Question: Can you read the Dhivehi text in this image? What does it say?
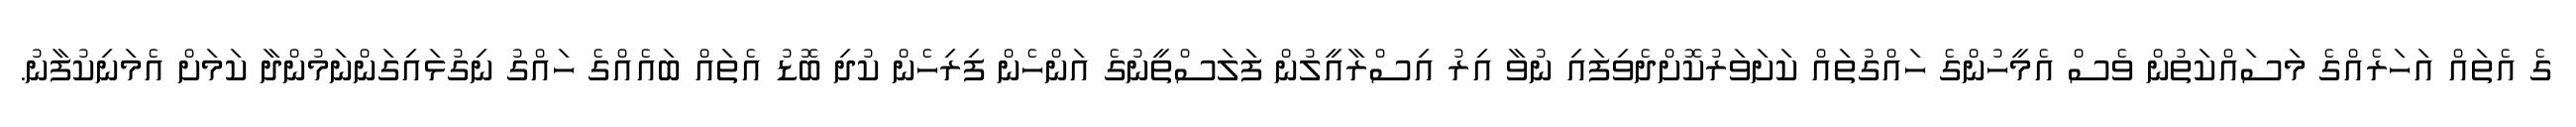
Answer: ގެ އެތައް އަހަރެއްގެ މަސައްކަތުން ވެސް އެމީހުންގެ ހައްގުތައް ކަށަވަރުކޮށްދެވިފައި ނުވާ އިރު އިސްރާއީލުން ފަލަސްތީނުގެ އަންހެން ފިރިހެން ކުދި ބޮޑު އެތައް ބައެއްގެ ހައްގު ނިގުޅައިގަންނަމުންދާ ކަމަށް އެމަނިކުފާނު.